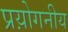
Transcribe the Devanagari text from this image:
प्रय़ोगनीय